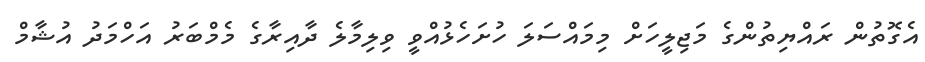
އެގޮތުން ރައްޔިތުންގެ މަޖިލީހަށް މިމައްސަލަ ހުށަހެޅުއްވީ ވިލިމާލެ ދާއިރާގެ މެމްބަރު އަހްމަދު އުޝާމް